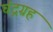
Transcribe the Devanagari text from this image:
चंद्रग्रह